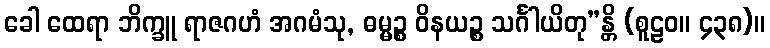
ခေါ ထေရာ ဘိက္ခူ ရာဇဂဟံ အဂမံသု, ဓမ္မဉ္စ ဝိနယဉ္စ သင်္ဂါယိတု”န္တိ (စူဠဝ။ ၄၃၈)။